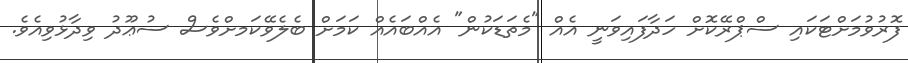
ފޮރުވުމަށްޓަކައި ސްޕްރޭކޮށް ހަދާފައިވަނީ އެއް "މެތަޑަކުން" އެއްބައެއް ކަމަށް ބެލެވޭކަމށްވެސް ސުޢޫދު ވިދާޅުވިއެވެ.